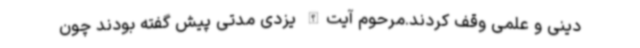
دینی و علمی وقف کردند.مرحوم آیت‌الله یزدی مدتی پیش گفته بودند چون